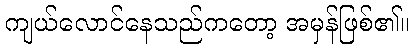
ကျယ်လောင်နေသည်ကတော့ အမှန်ဖြစ်၏။